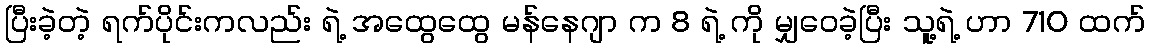
ပြီးခဲ့တဲ့ ရက်ပိုင်းကလည်း ရဲ့ အထွေထွေ မန်နေဂျာ က 8 ရဲ့ ကို မျှဝေခဲ့ပြီး သူ့ရဲ့ ဟာ 710 ထက်